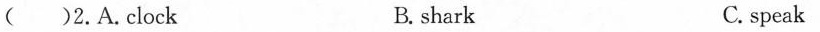
( )2.A.clock B. shark C.speak